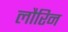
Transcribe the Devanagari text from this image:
लौरिन